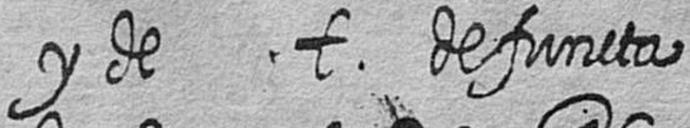
y de t defuncta